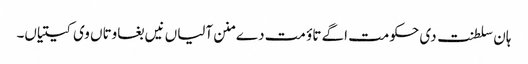
ہان سلطنت دی حکومت اگے تاؤ مت دے منن آلیاں نیں بغاوتاں وی کیتیاں۔